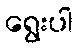
ရွေးပါ